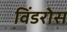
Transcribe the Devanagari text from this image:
विंडरोस